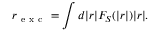
r _ { \mathrm { ~ e ~ x ~ c ~ } } = \int d | \boldsymbol { r } | F _ { S } ( | \boldsymbol { r } | ) | \boldsymbol { r } | .